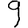
Digit: 9